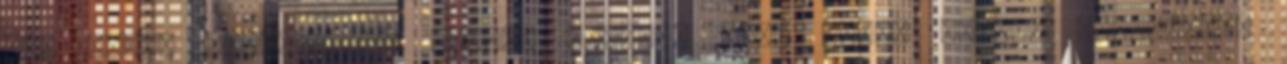
egy ettől függetlenül létező „játék” Dead drops néven, viszonylag